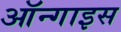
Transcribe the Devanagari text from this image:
ऑन्गाइस